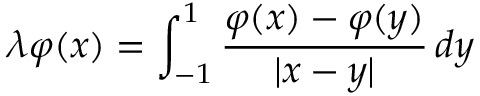
\lambda \varphi ( x ) = \int _ { - 1 } ^ { 1 } { \frac { \varphi ( x ) - \varphi ( y ) } { | x - y | } } \, d y